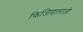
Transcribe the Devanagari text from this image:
फिजियालाजी